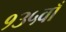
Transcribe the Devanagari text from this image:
१३५वाँ